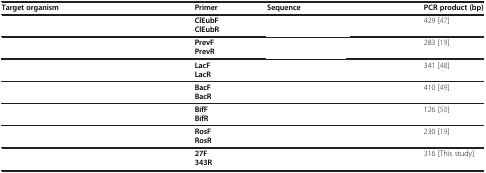
<table><thead><tr><td><b>Target organism</b></td><td><b>Primer</b></td><td><b>Sequence</b></td><td><b>PCR product (bp)</b></td></tr></thead><tbody><tr><td>[EMPTY_CELL]</td><td><b>ClEubF</b></td><td>[EMPTY_CELL]</td><td>429[47]</td></tr><tr><td>[EMPTY_CELL]</td><td><b>ClEubR</b></td><td>[EMPTY_CELL]</td><td>[EMPTY_CELL]</td></tr><tr><td>[EMPTY_CELL]</td><td><b>PrevF</b></td><td>[EMPTY_CELL]</td><td>283[19]</td></tr><tr><td>[EMPTY_CELL]</td><td><b>PrevR</b></td><td>[EMPTY_CELL]</td><td>[EMPTY_CELL]</td></tr><tr><td>[EMPTY_CELL]</td><td><b>LacF</b></td><td>[EMPTY_CELL]</td><td>341[48]</td></tr><tr><td>[EMPTY_CELL]</td><td><b>LacR</b></td><td>[EMPTY_CELL]</td><td>[EMPTY_CELL]</td></tr><tr><td>[EMPTY_CELL]</td><td><b>BacF</b></td><td>[EMPTY_CELL]</td><td>410[49]</td></tr><tr><td>[EMPTY_CELL]</td><td><b>BacR</b></td><td>[EMPTY_CELL]</td><td>[EMPTY_CELL]</td></tr><tr><td>[EMPTY_CELL]</td><td><b>BifF</b></td><td>[EMPTY_CELL]</td><td>126[50]</td></tr><tr><td>[EMPTY_CELL]</td><td><b>BifR</b></td><td>[EMPTY_CELL]</td><td>[EMPTY_CELL]</td></tr><tr><td>[EMPTY_CELL]</td><td><b>RosF</b></td><td>[EMPTY_CELL]</td><td>230[19]</td></tr><tr><td>[EMPTY_CELL]</td><td><b>RosR</b></td><td>[EMPTY_CELL]</td><td>[EMPTY_CELL]</td></tr><tr><td>[EMPTY_CELL]</td><td><b>27F</b></td><td>[EMPTY_CELL]</td><td>316 [This study]</td></tr><tr><td>[EMPTY_CELL]</td><td><b>343R</b></td><td>[EMPTY_CELL]</td><td>[EMPTY_CELL]</td></tr></tbody></table>